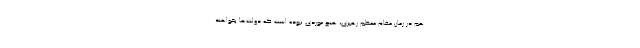
هم در زمان مقام معظم رهبری، هیچ موردی نبوده است که دولت‌ها بخواهند